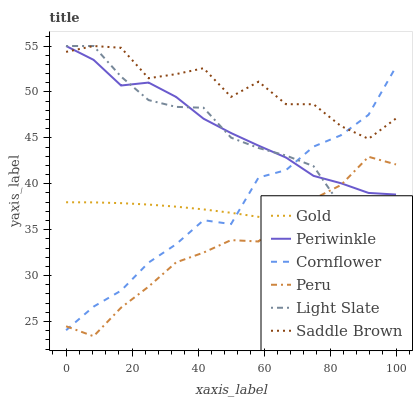
| xaxis_label | Gold | Periwinkle | Cornflower | Peru | Light Slate | Saddle Brown |
 | --- | --- | --- | --- | --- | --- | --- |
 | 0 | 38 | 55 | 24 | 24.5 | 55 | 54.4 |
 | 8.33 | 38 | 53.5 | 26.6 | 23.4 | 55 | 55 |
 | 16.7 | 37.9 | 50.7 | 28.4 | 26.5 | 51.7 | 54.8 |
 | 25 | 37.7 | 51 | 31.4 | 28.8 | 49.1 | 51.5 |
 | 33.3 | 37.5 | 49.5 | 33.4 | 31.4 | 48.4 | 51.9 |
 | 41.7 | 37.2 | 47.1 | 36 | 32.5 | 48.3 | 52.6 |
 | 50 | 36.8 | 45.5 | 35.6 | 33.9 | 45 | 49.5 |
 | 58.3 | 36.4 | 44.1 | 40.7 | 33.7 | 43.9 | 51.1 |
 | 66.7 | 35.9 | 42.9 | 41.5 | 36.4 | 43.1 | 48.7 |
 | 75 | 35.3 | 40.9 | 44 | 38.3 | 41.9 | 48.7 |
 | 83.3 | 34.6 | 40.1 | 45.3 | 39.9 | 37.6 | 46.3 |
 | 91.7 | 33.9 | 39 | 47.5 | 42.9 | 37 | 44.9 |
 | 100 | 33.1 | 38.8 | 52.7 | 42.1 | 36.7 | 47.1 |